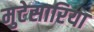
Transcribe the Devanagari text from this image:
मुटेसारिया